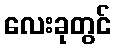
လေးခုတွင်